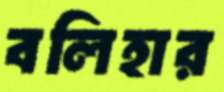
বলিহার